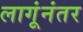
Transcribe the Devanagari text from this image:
लागूंनंतर